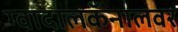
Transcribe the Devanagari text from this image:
ग्वादालकॅनालवर